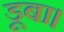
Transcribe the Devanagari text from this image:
डूबा।